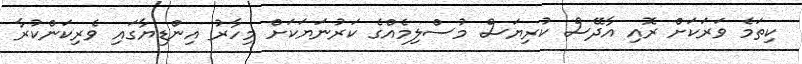
ކިތަމެ ވަރަކަށް ރޮއި އާދޭސް ކުރިޔަސް މުސްލިމެއްގެ ކަރުނަޔަކަށް މިހާރު އިންޑިޔާގައި ވެރިކަންކުރާ